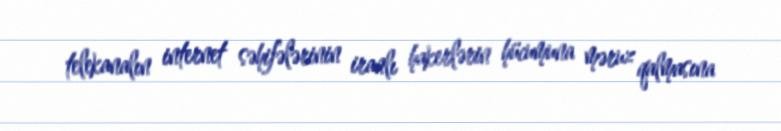
telekanalın internet səhifələrinin iranlı hakerlərin hücumuna məruz qalmasına